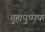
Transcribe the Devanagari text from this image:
गुह्यपुष्पक